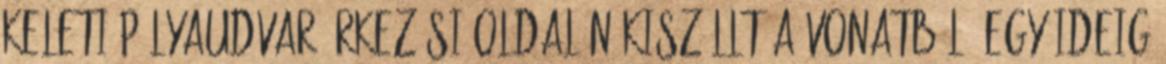
Keleti pályaudvar érkezési oldalán kiszállt a vonatból. Egy ideig